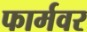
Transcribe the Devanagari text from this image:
फार्मवर